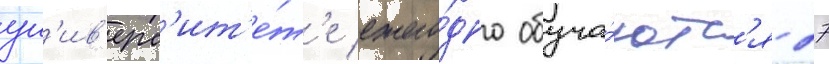
ун'ив'ерс'ит'е́т'е ежего́дно обуча́ютс'я 27